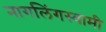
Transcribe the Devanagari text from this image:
नागलिंगस्वामी